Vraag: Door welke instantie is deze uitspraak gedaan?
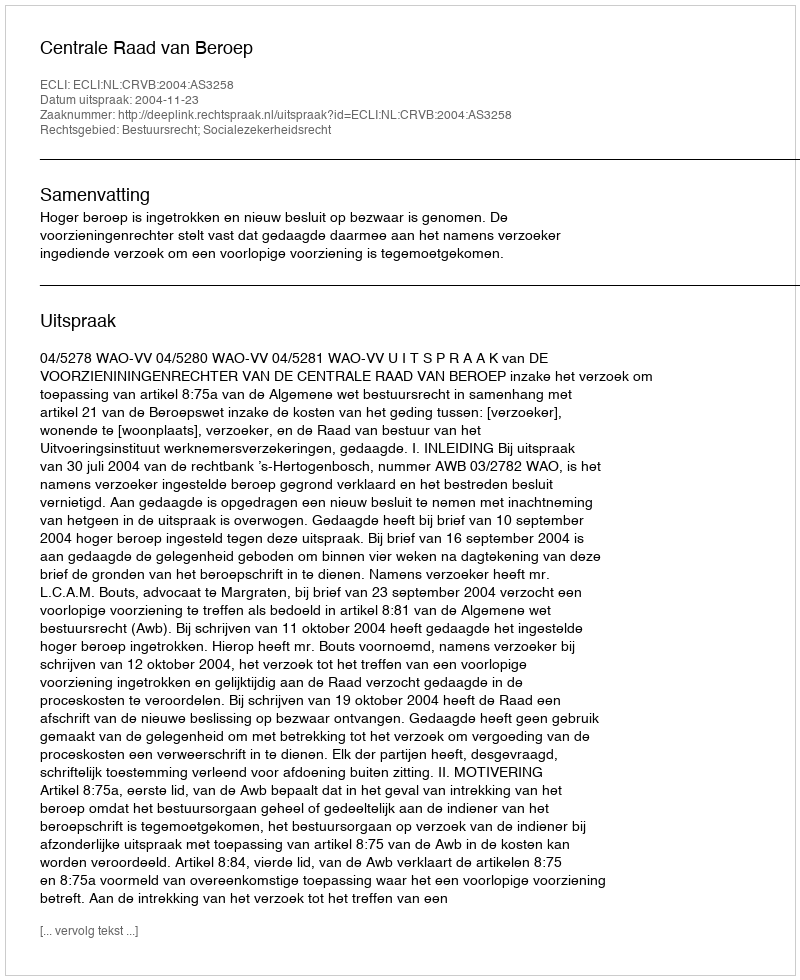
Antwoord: Centrale Raad van Beroep